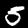
Label: 5